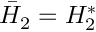
\bar { \cal H } _ { 2 } = { \cal H } _ { 2 } ^ { * }